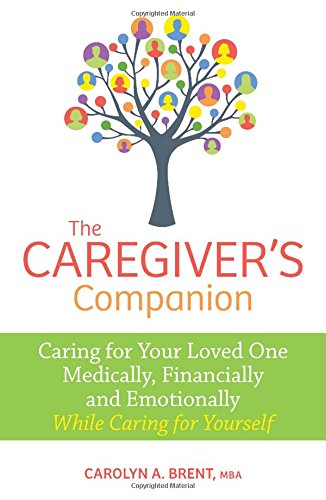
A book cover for The Caregiver's Companion: Caring for Your Loved One Medically, Financially and Emotionally While Caring for Yourself; Carolyn A. Brent  MBA ; Parenting & Relationships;